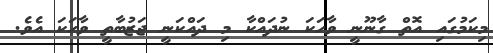
މިކަމުގައި އޮތް ގާނޫނީ ވާހަކަ ނުދައްކާ މި ދައްކަނީ ޖަޒުބާތީ ވާހަކަ އެވެ.